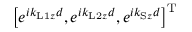
\left[ e ^ { i k _ { \mathrm { L 1 } z } d } , e ^ { i k _ { \mathrm { L 2 } z } d } , e ^ { i k _ { \mathrm { S } z } d } \right] ^ { \mathrm { T } }